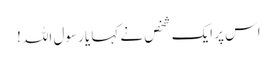
اس پر ایک شخص نے کہا یا رسول اللہ !